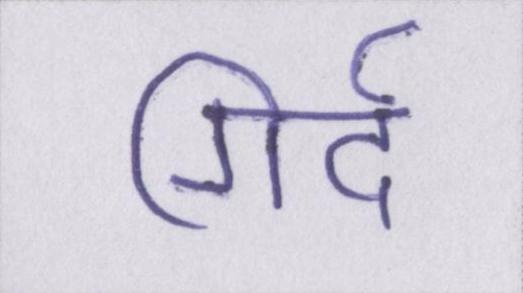
गिर्द